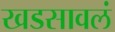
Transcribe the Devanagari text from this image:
खडसावलं